Annual administration report of the Civil Veterinary Department of India - 1896-1897
Year: 1896
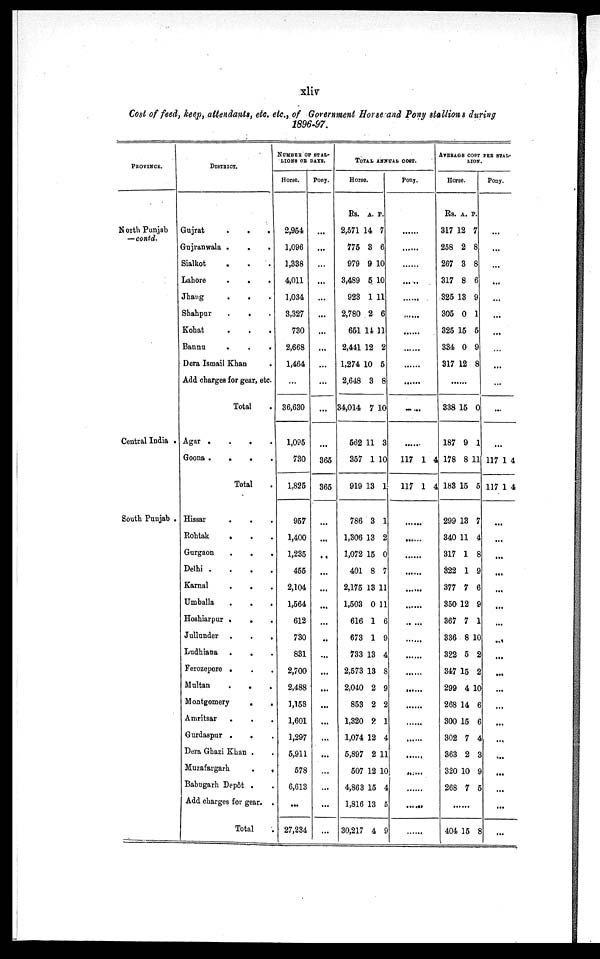
xliv
Cost of feed, keep, attendants, etc. etc., of Government Horse and Pony stallions during
1896-97.
PROVINCE.
North Punjab
—contd.
Central India .
South Punjab .
DISTRICT.
Gujrat
.
.
.
Gujranwala . . .
Sialkot . . .
Lahore
.
.
.
Jhang
.
. .
Shahpur
.
. .
Kohat . . .
Bannu
.
.
.
Dera Ismail Khan .
Add charges for gear, etc.
Total
Agar .
.
.
.
Goona .
.
.
.
Total
Hissar
.
.
.
Rohtak . . .
Gurgaon . . .
Delhi .
.
.
.
Karnal . . .
Umballa
.
.
.
Hoshiarpur . .
.
Jullunder .
.
.
Ludhiana .
. .
Ferozepore . . .
Multan
.
. .
Montgomery
. . .
Amritsar . . .
Gurdaspur . . .
Dera Ghazi Khan . .
Muzafargarh
.
.
Babugarh Depôt . .
Add charges for gear. .
Total .
NUMBER OF STAL-
LIONS OB DATS.
Horse.
2,954
1,096
1,338
4,011
1,034
3,327
730
2,668
1,464
...
36,630
1,095
730
1,825
957
1,400
1,235
455
2,104
1,564
612
730
831
2,700
2,488
1,158
1,601
1,297
5,911
578
6,613
...
27,234
Pony.
...
...
...
...
...
...
...
...
...
...
...
...
365
365
...
...
...
...
...
...
...
...
...
...
...
...
...
...
...
...
...
...
...
TOTAL ANNUAL COST.
Horse.
Rs. A. P.
2,571 14 7
775 3 6
979 9 10
3,489 5 10
923 1 11
2,780 2 6
651 14 11
2,441 12 2
1,274 10 5
2,648 3 8
34,014 7 10
562 11 3
357 1 10
919 13 1
786 3 1
1,306 13 2
1,072 15 0
401 8 7
2,175 13 11
1,503 0 11
616 1 6
673 1 9
733 13 4
2,573 13 8
2,040 2 9
853 2 2
1,320 2 1
1,074 12 4
5,897 2 11
507 12 10
4,863 15 4
1,816 13 5
30,217 4 9
Pony.
. . . . . .
. . . . . .
. . . . . .
. . . . . .
. . . . . .
. . . . . .
. . . . . .
. . . . . .
. . . . . .
. . . . . .
. . . . . .
. . . . . .
117 1 4
117 1 4
. . . . . .
. . . . . .
. . . . . .
. . . . . .
. . . . . .
. . . . . .
. . . . . .
. . . . . .
. . . . . .
. . . . . .
. . . . . .
. . . . . .
. . . . . .
. . . . . .
. . . . . .
. . . . . .
. . . . . .
. . . . . .
. . . . . .
AVERAGE COST PER STAL-
LION.
Horse.
Rs. A. P.
317 12 7
258 2 8
267 3 8
317 8 6
325 13 9
305 0 1
325 15 5
334 0 9
317 12 8
......
338 15 0
187 9 1
178 8 11
183 15 5
299 13 7
340 11 4
317 1 8
322 1 9
377 7 6
350 12 9
367 7 1
336 8 10
322 5 2
347 15 2
299 4 10
268 14 6
300 15 6
302 7 4
363 2 3
320 10 9
268 7 5
......
404 15 8
Pony.
...
...
...
...
...
...
...
...
...
...
...
...
117 1 4
117 1 4
...
...
...
...
...
...
...
...
...
...
...
...
...
...
...
...
...
...
...